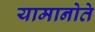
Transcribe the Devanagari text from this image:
यामानोते